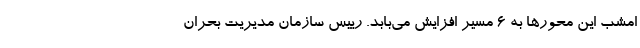
امشب این محورها به ۶ مسیر افزایش می‌بابد. رییس سازمان مدیریت بحران